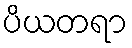
ပိယတရာ